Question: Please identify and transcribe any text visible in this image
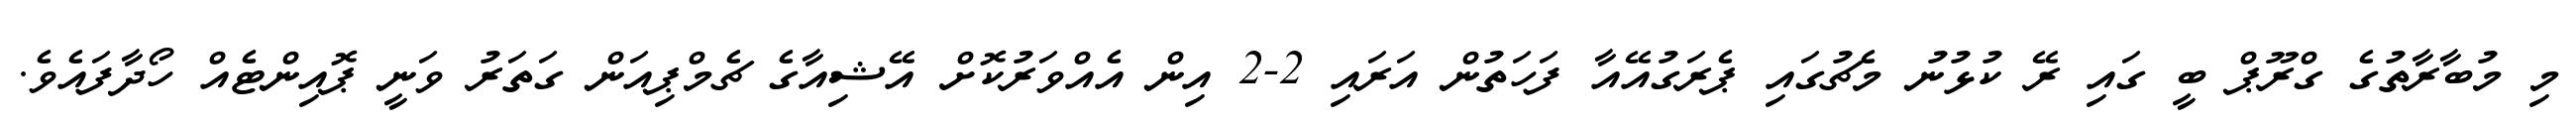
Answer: މި މުބާރާތުގެ ގްރޫޕް ބީ ގައި ރޭ ކުޅުނު މެޗުގައި ޕެރަގުއޭއާ ފަހަތުން އަރައި 2-2 އިން އެއްވަރުކޮށް އޭޝިއާގެ ޗެމްޕިއަން ގަތަރު ވަނީ ޕޮއިންޓެއް ހޯދާފައެވެ.